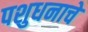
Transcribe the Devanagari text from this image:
पशुधनाचे